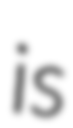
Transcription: is